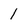
Character: 1